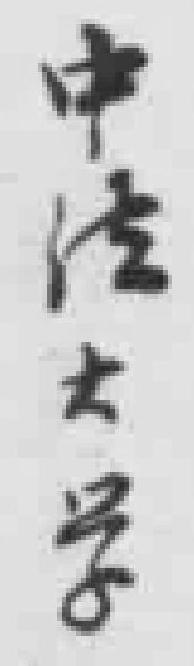
中法大学